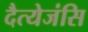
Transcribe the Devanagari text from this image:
दैत्येजंसि